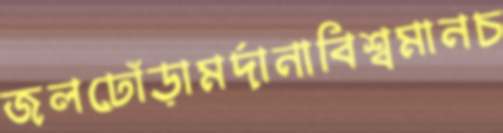
জলঢোঁড়ামর্দানাবিশ্বমানচ